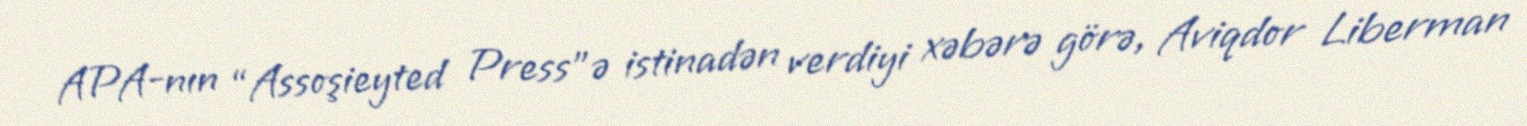
APA-nın “Assoşieyted Press”ə istinadən verdiyi xəbərə görə, Aviqdor Liberman